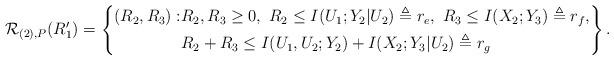
LaTeX: \begin{align*} \mathcal{R}_{(2),P}(R_1')= \left\{\begin{aligned} (R_2,R_3): &R_2,R_3\geq 0,\ R_2\leq I(U_1;Y_2|U_2)\triangleq r_e,\ R_3\leq I(X_2;Y_3) \triangleq r_f, \\ &R_2+R_3\leq I(U_1,U_2;Y_2)+I(X_2;Y_3|U_2) \triangleq r_g \\ \end{aligned}\right\}.\end{align*}